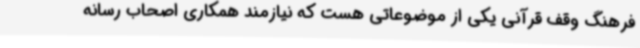
فرهنگ وقف قرآنی یکی از موضوعاتی هست که نیازمند همکاری اصحاب رسانه